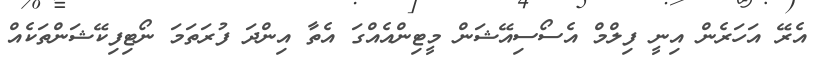
އެރޭ އަހަރެން އިނީ ފިލްމް އެސޯސިއޭޝަން މީޓިންއެއްގަ އެތާ އިންދަ ފުރަތަމަ ނޯޓިފިކޭޝަންތަކެއް